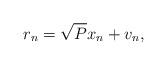
LaTeX: \begin{align*}r_n = \sqrt{P}x_n+v_n,\end{align*}